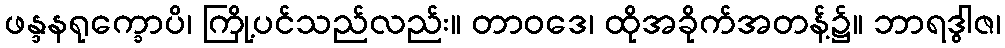
ဖန္ဒနရုက္ခောပိ၊ ကြို့ပင်သည်လည်း။ တာဝဒေ၊ ထိုအခိုက်အတန့်၌။ ဘာရဒွါဇ၊